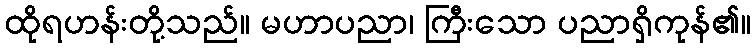
ထိုရဟန်းတို့သည်။ မဟာပညာ၊ ကြီးသော ပညာရှိကုန်၏။